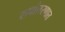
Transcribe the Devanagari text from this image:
रुपांतरणात